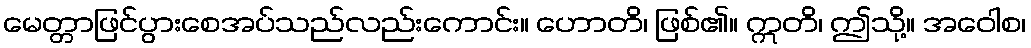
မေတ္တာဖြင်ပွားစေအပ်သည်လည်းကောင်း။ ဟောတိ၊ ဖြစ်၏။ ဣတိ၊ ဤသို့။ အဝေါစ၊